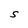
Character: S